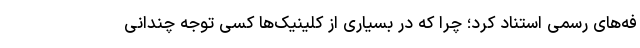
فه‌های رسمی استناد کرد؛ چرا که در بسیاری از کلینیک‌ها کسی توجه چندانی